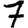
Digit: 7